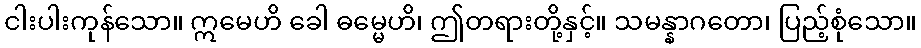
ငါးပါးကုန်သော။ ဣမေဟိ ခေါ ဓမ္မေဟိ၊ ဤတရားတို့နှင့်။ သမန္နာဂတော၊ ပြည့်စုံသော။